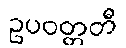
ဥပဝတ္တတီ